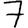
Digit: 7